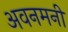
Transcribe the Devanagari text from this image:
अवनमनी